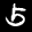
Label: 5